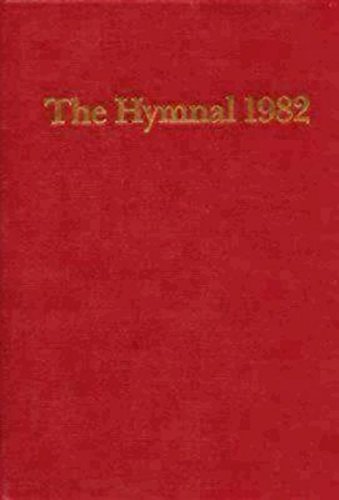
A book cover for The Hymnal 1982, according to the use of The Episcopal Church; Christian Books & Bibles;